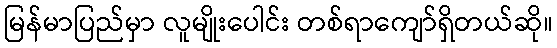
မြန်မာပြည်မှာ လူမျိုးပေါင်း တစ်ရာကျော်ရှိတယ်ဆို။